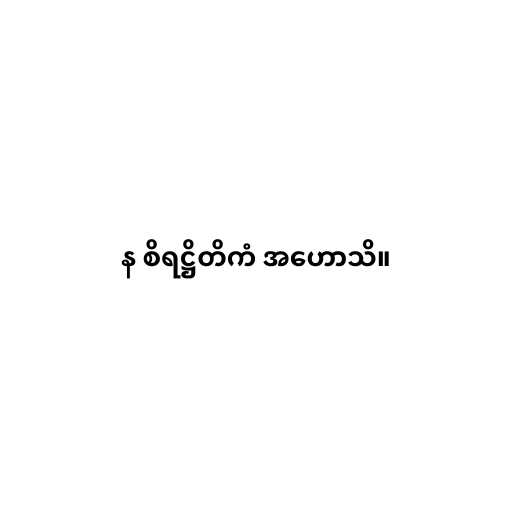
န စိရဋ္ဌိတိကံ အဟောသိ။